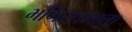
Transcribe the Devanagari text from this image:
भगिरथमाता